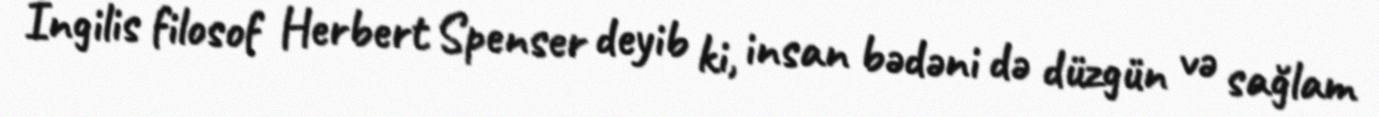
İngilis filosof Herbert Spenser deyib ki, insan bədəni də düzgün və sağlam